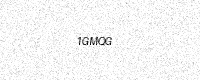
Text: 1GMQG